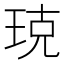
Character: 𤥣